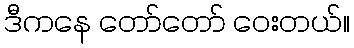
ဒီကနေ တော်တော် ဝေးတယ်။